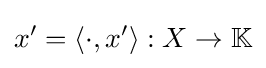
x'=\langle \cdot ,x'\rangle :X\to \mathbb {K}